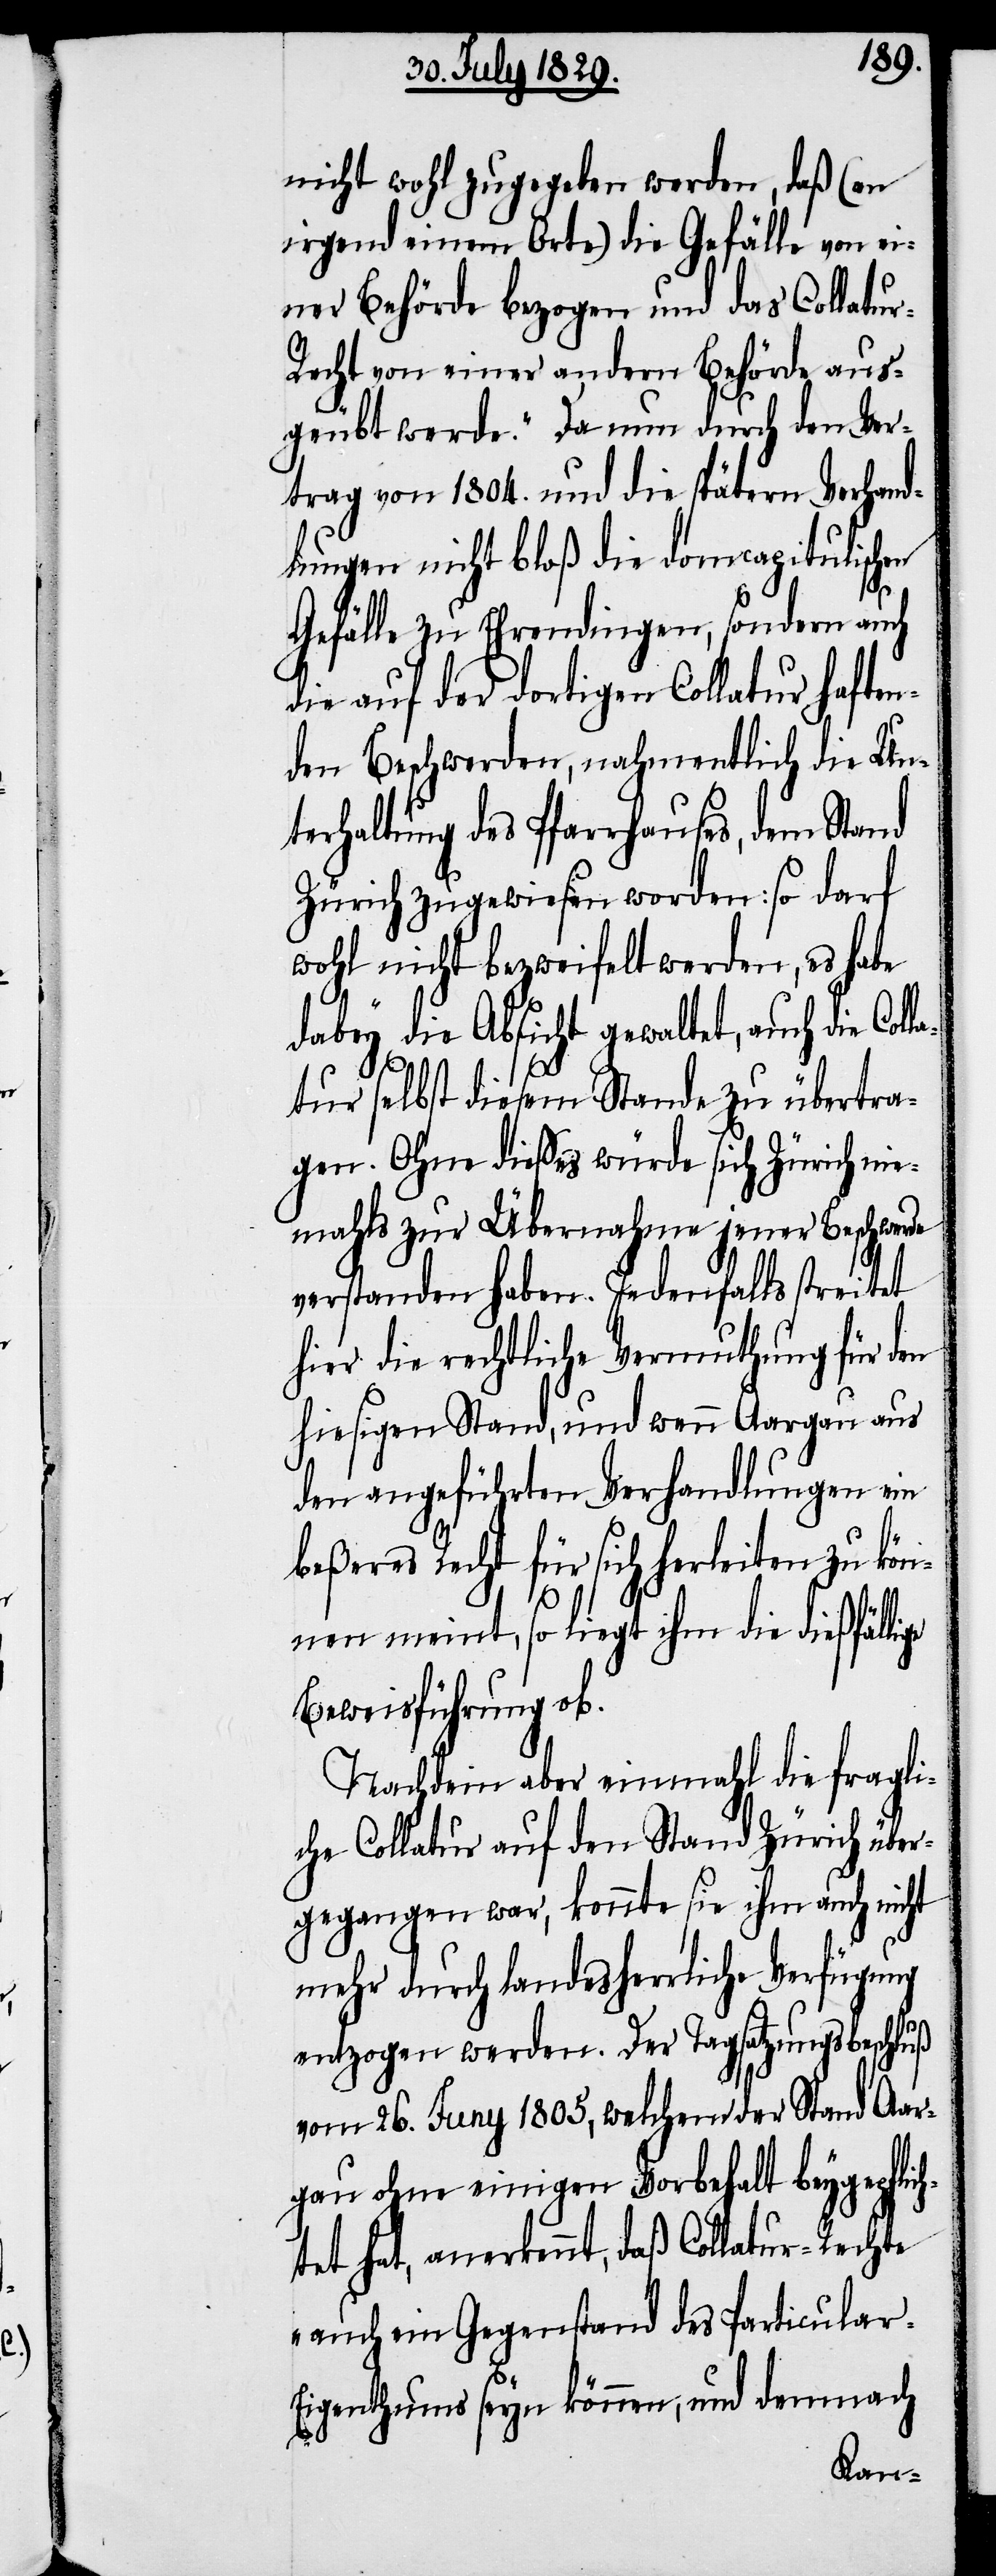
nicht wohl zugegeben werden, daß (wenn
irgend einem Orte) die Gefälle von ei¬
ner Behörde bezogen und das Collatur-R¬
echt von einer andern Behörde aus¬
geübt werde.“ Da nun durch den Ver¬
trag von 1804. und die spätern Verhand¬
lungen nicht bloß die domcapitulischen
ge
Gefälle zu Ehrendingen, sondern auch
die auf der dortigen Collatur haften¬
den Beschwerden, nahmentlich die Un¬
terhaltung des Pfarrhauses, dem Stand
Zürich zugewiesen worden: so darf
wohl nicht bezweifelt werden, es habe
dabey die Absicht gewaltet, auch die Col¬
latur selbst diesem Stand zu übertra¬
gen. Ohne dieses würde sich Zürich nie¬
mahls zur Übernahme jener Beschwerde
verstanden haben. Jedenfalls streitet
hier die rechtliche Vermuthung für den
hiesigen Stand, und wenn Aargau aus
den angeführten Verhandlungen ein
beßeres Recht für sich herleiten zu kön¬
nen meint, so liegt ihm die dießfälli¬
Beweisführung ob.
Nachdem aber einmahl die fragli¬
che Collatur auf den Stand Zürich über¬
gegangen war, konnte sich ihm auch nicht
mehr durch landesherrliche Verfügung
entzogen werden. Der Tagsatzungsbeschluß
vom 26. Juny 1805, welchem der Stand Aar¬
gau ohne einigen Vorbehalt beygepflic¬
htet hat, anerkennt, daß Collatur-Rechte
„auch ein Gegenstand des Particular-E¬
igenthums seyn können, und demnach